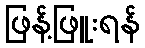
ဖြန့်ဖြူးရန်